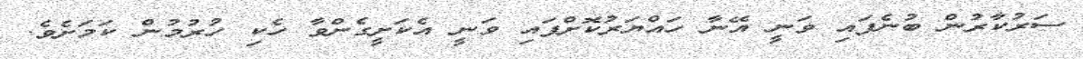
ސަރުކާރުން ބުނެފައި ވަނީ އޭނާ ހައްޔަރުކޮށްފައި ވަނީ އެކަށީގެންވާ ހެކި ހުރުމުން ކަމަށެވެ.